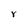
Character: r